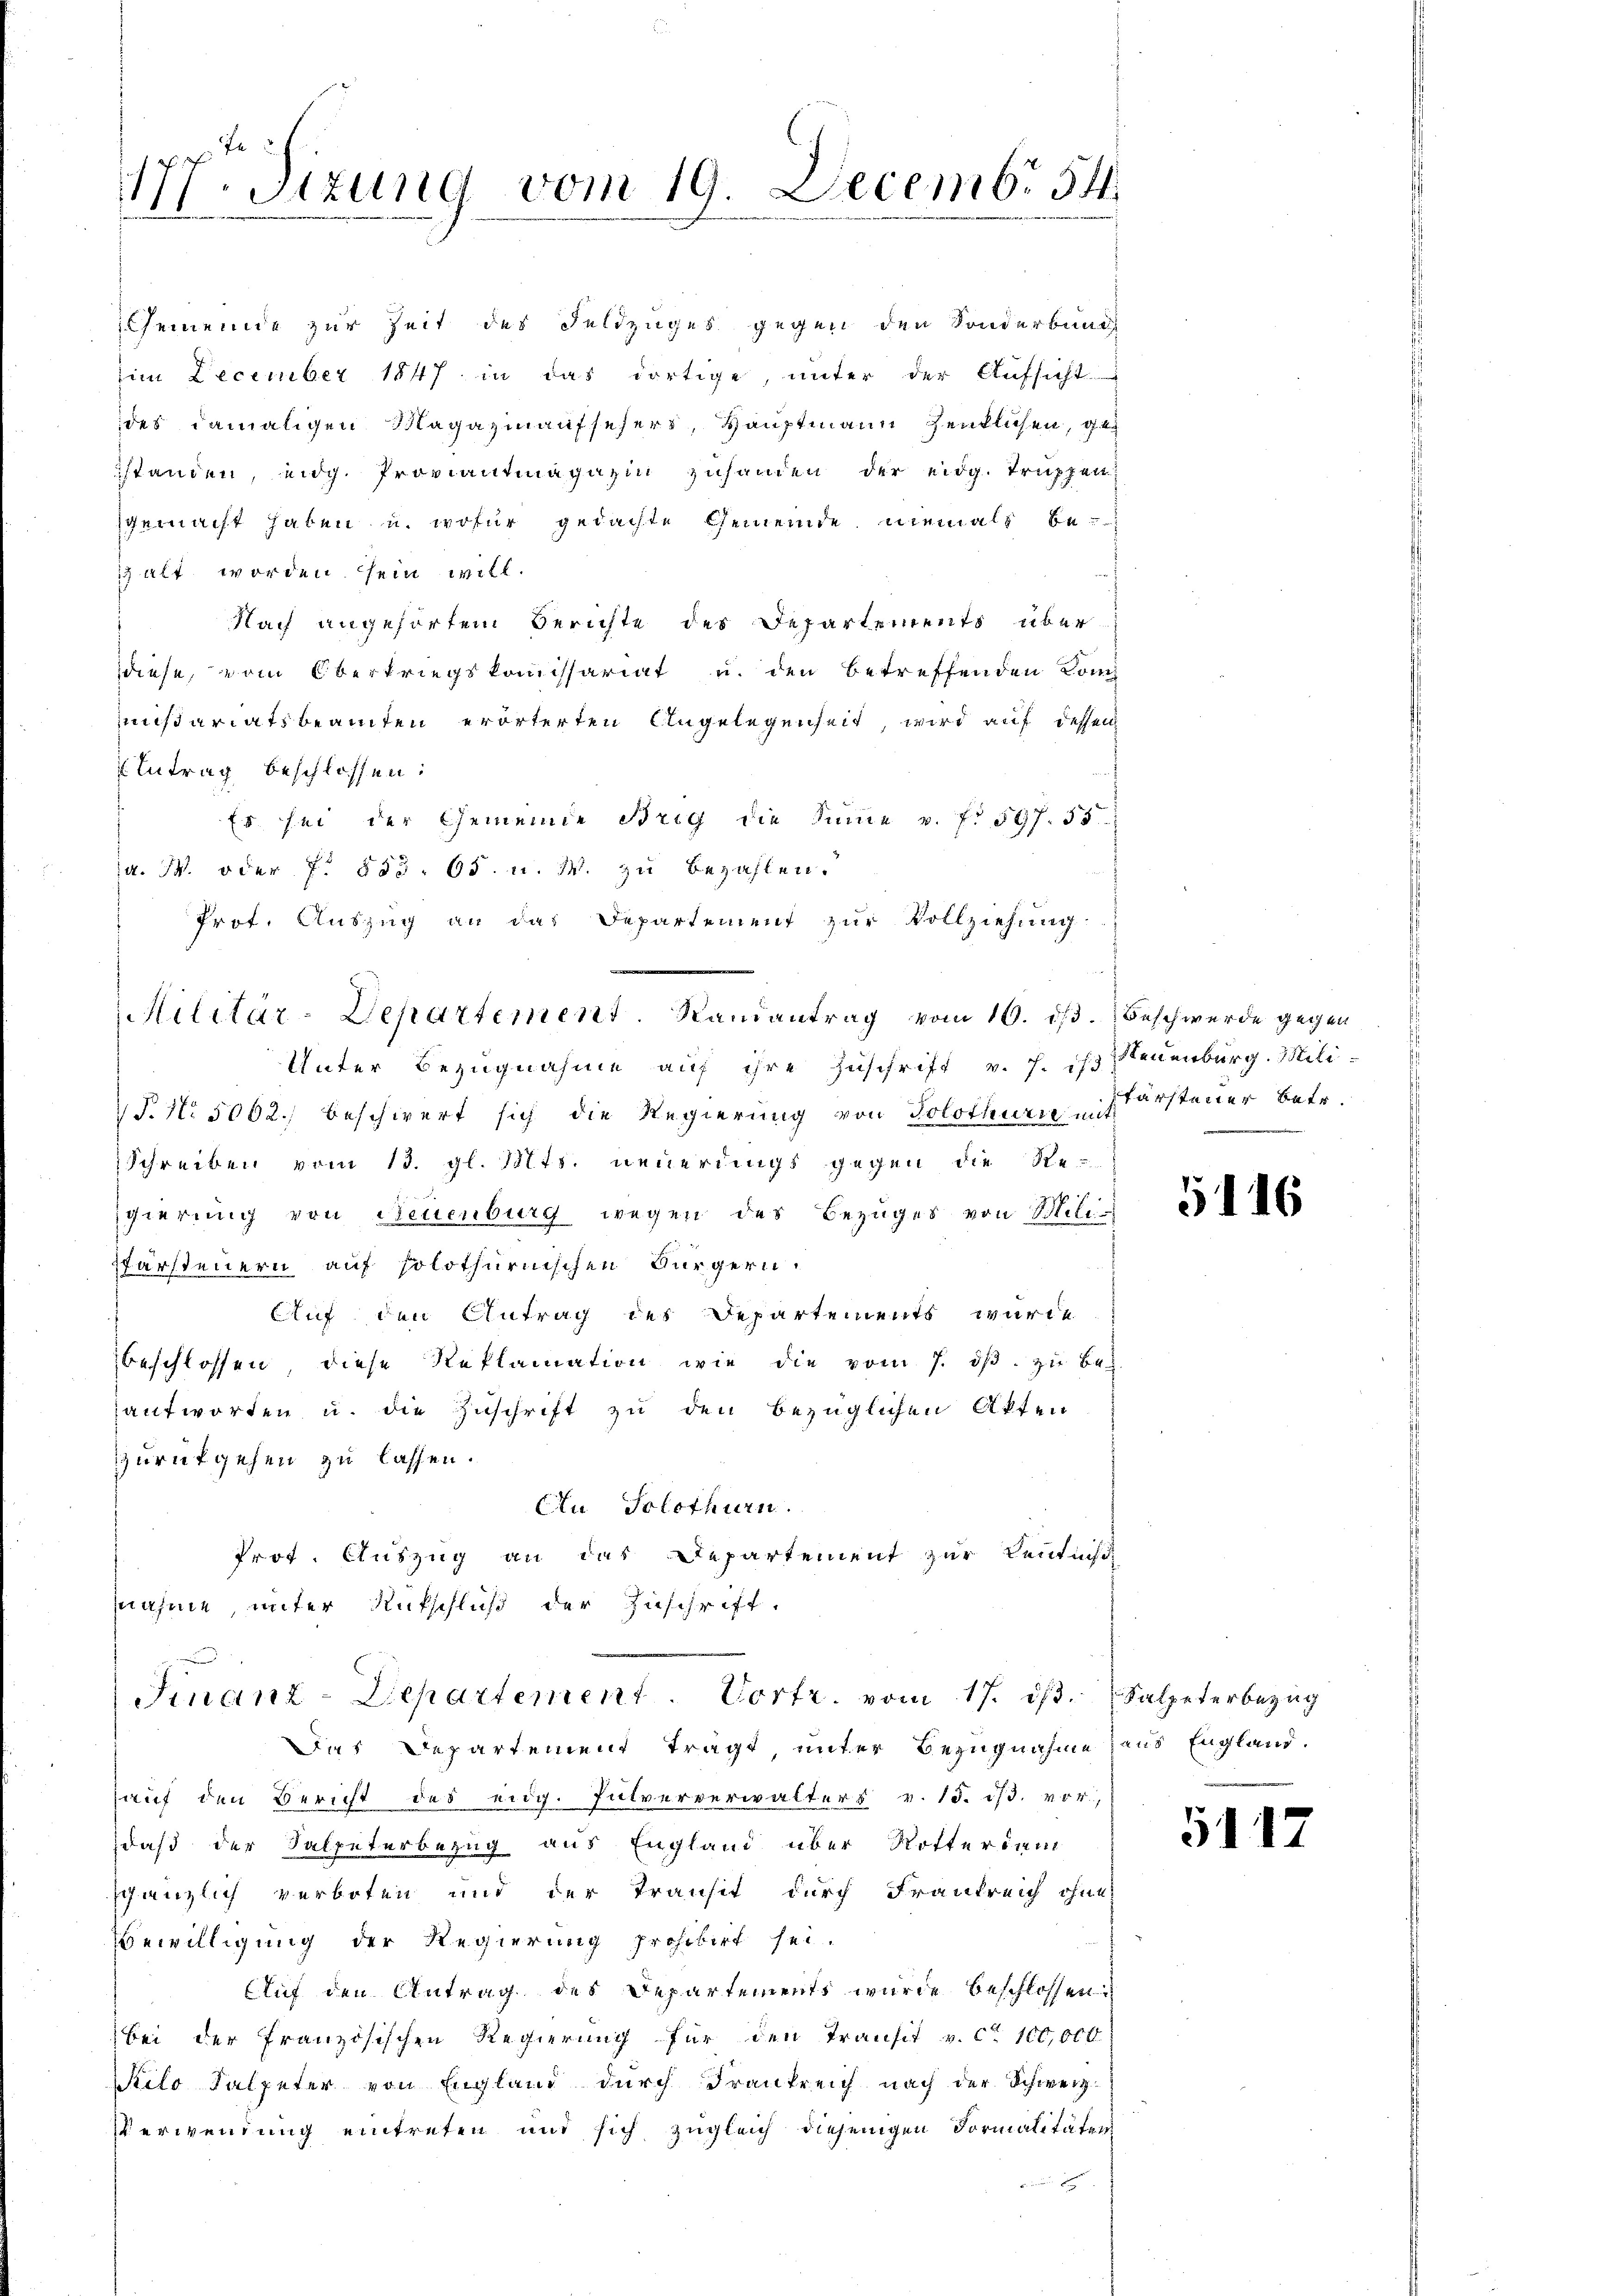
Je
177. Sizung vom 19. Decemb. 54

Militär-Departement. Randantrag vom 10. ds. Beschwerde gegen

Gemeinde zur Zeit des Feldzuges gegen den Sonderbung
im December 1847 in das dortige, unter der Aufsicht
des damaligen Magazinaufsehers, Hauptmann hentlichen, ge
standen, eidg. Proviantinagazin zuhanden der eidg. Truppengemacht haben u. wofür gedachte Gemeinde niemals be-
 alt worden sein will.
Nach angehörtem Berichte des Departements über
diese, vom Obertriegskommissariat u. den betreffenden Kom
mißariatsbeamten erörterten Angelegenheit, wird auf dessen
Antrag beschlossen:
Es sei der Gemeinde Brig die Sinne v. f. 597. 33
a. W. oder P. 853. 65. u. W. zu bezahlen.
Prof. Auszug an das Departement zur Vollziehung
Unter Bezugnahme auf ihre Zuschrift v. h. ist Steuenburg. Mili¬
T. No. 5062.) beschwert sich die Regierung von Solothurn darsteuer betr.
Schreiben vom 13. gl. Mts. neuerdings gegen die Re-
gierung von Neuenburg wegen des Bezuges von Mili-
färsteuern auf solothurnischen Bürgern.
Auf den Antrag des Departements wurde
beschlossen diese Reklamation wie die vom 7. dβ, zu beantworten u. die Zuschrift zu den bezüglichen Akten
zurukgehen zu lassen.
An Solothurn.
Prot. Auszug an das Departement zur Ventisc
nahme, unter Rutschluß der Zuschrift.
Finanz-Departement. Vortr. vom 17. ds. Salpeterbezug
Das Departement trägt, unter Bezugnahme aus England.
auf den Bericht des eidg. Pulververwalters v. 15. ds. vor,
daß der Salpeterbezug aus England über Rotter dem
schänzlich verboten und der Transit durch Frankreich ohne
Bewilligung der Regierung prohibirt sei.
Auf den Antrag des Departements wurde beschlossen:
bei der französischen Regierung für den Transit v. ca 100,000
Kilo Salpeter von England durch Frankreich nach der Schweiz.
Verwendung eintreten und sich zugleich diejenigen Formalitäten

f

5116

5112